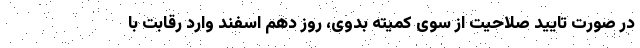
در صورت تایید صلاحیت از سوی کمیته بدوی، روز دهم اسفند وارد رقابت با